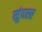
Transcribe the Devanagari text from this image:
सुंदरर